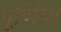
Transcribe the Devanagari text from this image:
पूर्णियाँ